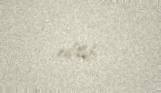
edilib.